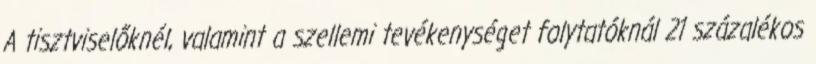
A tisztviselőknél, valamint a szellemi tevékenységet folytatóknál 21 százalékos